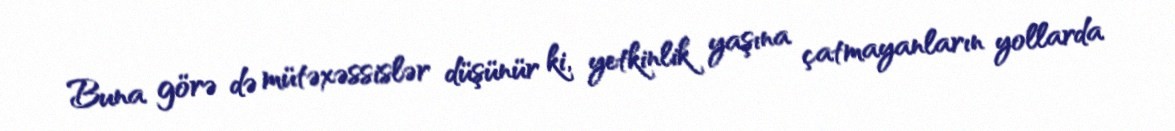
Buna görə də mütəxəssislər düşünür ki, yetkinlik yaşına çatmayanların yollarda